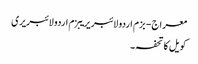
معراج - بزم اردو لائبریریبزم اردو لائبریری
کویل کا تحفہ ۔